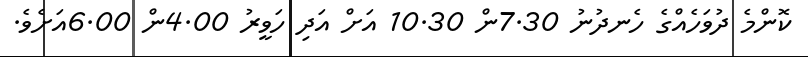
ކޮންމެ ދުވަހެއްގެ ހެނދުނު 7.30ން 10.30 އަށް އަދި ހަވީރު 4.00ން 6.00އަށެވެ.